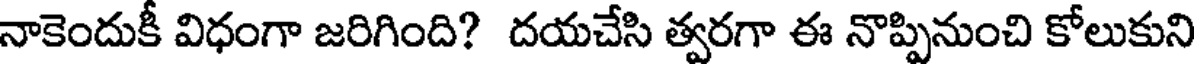
నాకెందుకీ విధంగా జరిగింది? దయచేసి త్వరగా ఈ నొప్పినుంచి కోలుకుని